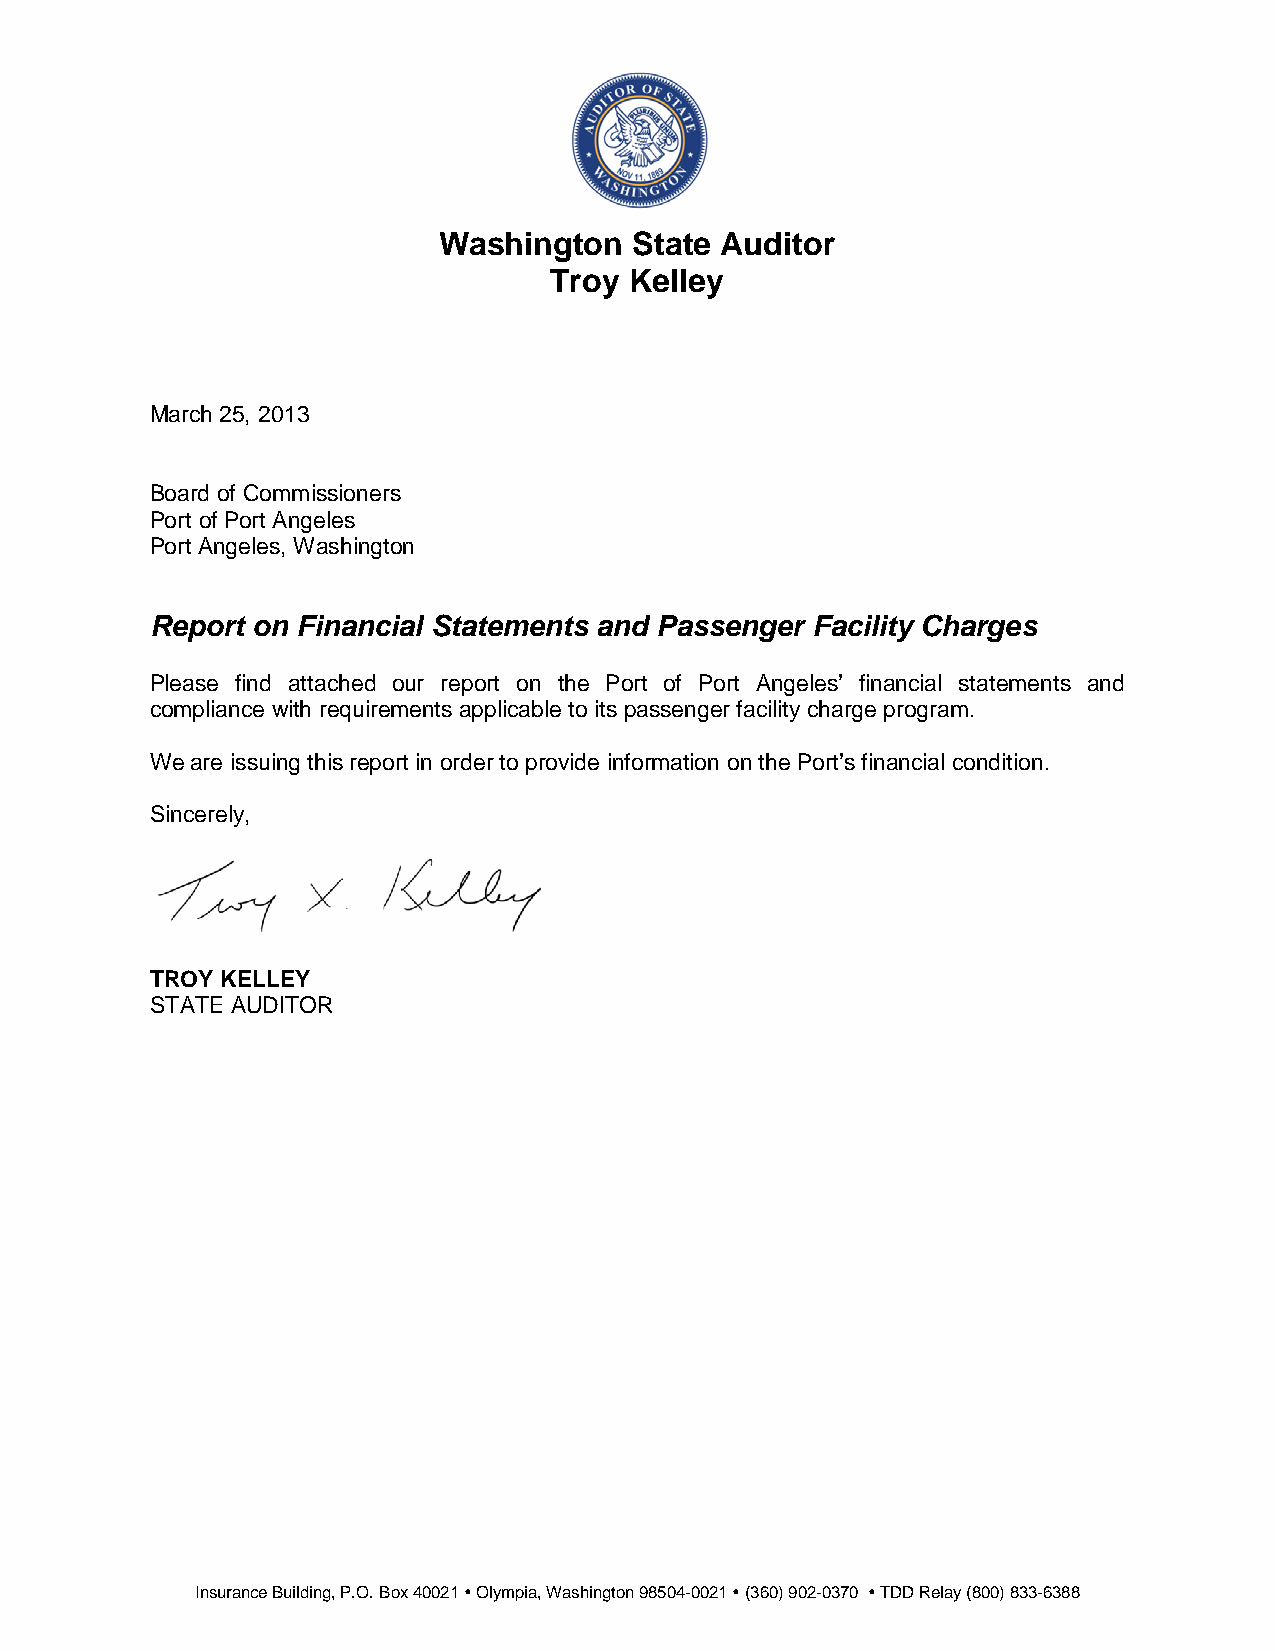
Washington   State Auditor
 Troy  Kelley
 March 25, 2013
 Board of Commissioners
 Port of Port Angeles
 Port Angeles, Washington
 Report on Financial Statements and Passenger Facility Charges
 Please find attached our report on the Port of Port Angeles’ financial statements and
 compliance with requirements applicable to its passenger facility charge program.
 We are issuing this report in order to provide information on the Port’s financial condition.
 Sincerely,
 TROY KELLEY
 STATE AUDITOR
 Insurance Building, P.O. Box 40021  Olympia, Washington 98504-0021  (360) 902-0370  TDD Relay (800) 833-6388